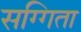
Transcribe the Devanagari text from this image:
सग्गिता